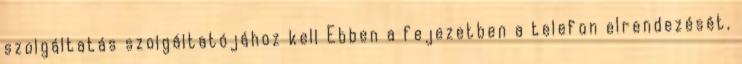
szolgáltatás szolgáltatójához kell Ebben a fejezetben a telefon elrendezését,